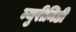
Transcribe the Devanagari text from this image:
म्युरीनिडी